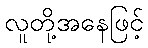
လူတို့အနေဖြင့်